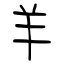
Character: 羊